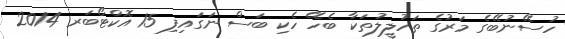
ހުސޭނުބޭގެ މަރުގެ ތަހުލީލުތަކާ ބެހޭ ހެކި ބަސް ނަގައިފި 15 އޮކްޓޯބަރ 2014